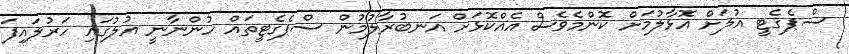
ސްޕެގެޓީ އުލަށް އޮޅާލުމަށް ކޮންމެވެސް އެއްކޮޅަށް އަނބުރާލުމުން ސްޕެގެޓީތައް ހުންނާނީ އުލުގައި ހަރުލައިފަ